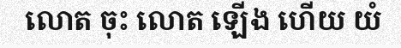
លោត ចុះ លោត ឡើង ហើយ យំ